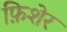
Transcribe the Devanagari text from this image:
फ़िशेर